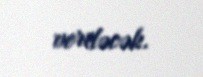
veriləcək.